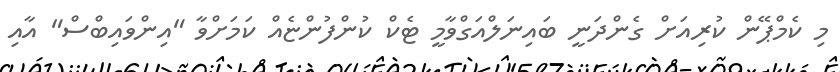
މި ކެމްޕޭން ކުރިއަށް ގެންދަނީ ބައިނަލްއަގްވާމީ ޓެކް ކުންފުންޏެއް ކަމަށްވާ "އިންވައިބްސް" އާއި